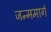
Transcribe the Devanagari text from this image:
जन्ममार्ग